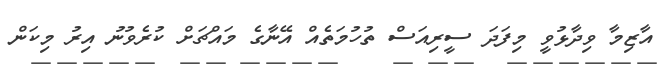
އާޒިމާ ވިދާޅުވީ މިފަދަ ސީރިއަސް ތުހުމަތެއް އޭނާގެ މައްޗަށް ކުރެވުނު އިރު މިކަން